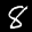
Label: 8